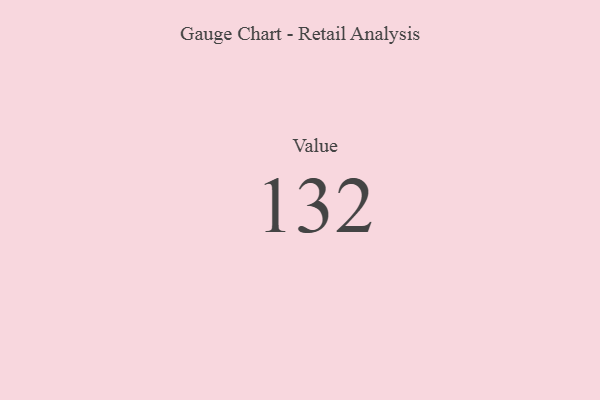
{"axis": {"x": "Metric", "y": "Value"}, "legend": [""], "data": [{"x": "Value", "y": 132, "type": ""}]}